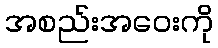
အစည်းအဝေးကို